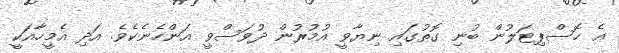
އެ ހޮސްޕިޓަލުން ބުނި ގޮތުގައި ނިޔާވީ އުމުރުން ދުވަސްވީ އަންހެނެކެވެ. އަދި އެމީހާއަކީ